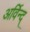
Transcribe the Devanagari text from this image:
अर्विन्द्